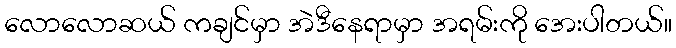
လောလောဆယ် ကချင်မှာ အဲဒီနေရာမှာ အရမ်းကို အေးပါတယ်။